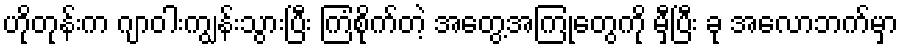
ဟိုတုန်းက ဂျာဝါးကျွန်းသွားပြီး ကြံစိုက်တဲ့ အတွေ့အကြုံတွေကို မှီပြီး ခု အေလာဘက်မှာ